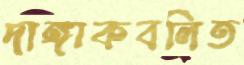
দাঙ্গাকবলিত